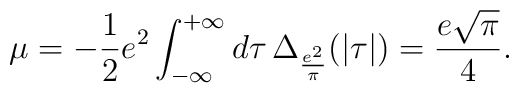
\mu=-\frac{1}{2}e^2\int_{-\infty}^{+\infty} d\tau\, \Delta_{\frac{e^2}{\pi}}(|\tau|)=\frac{e\sqrt{\pi}}{4}.